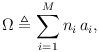
LaTeX: \begin{align*}\Omega\triangleq \sum_{i=1}^M n_i \, a_i,\end{align*}